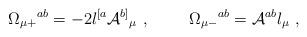
LaTeX: \begin{align*}\Omega_{\mu+}{}^{ab} = -2 l^{[a}{\cal A}^{b]}{}_\mu\ ,\hskip 1truecm\Omega_{\mu-}{}^{ab} = {\cal A}^{ab}l_\mu\ ,\end{align*}